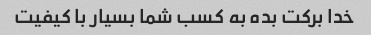
خدا برکت بده به کسب شما بسیار با کیفیت